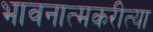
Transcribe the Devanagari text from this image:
भावनात्मकरीत्या